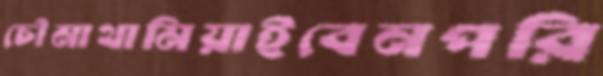
চৌমাথামিয়াইবেনপরি